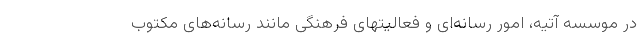
در موسسه آتیه، امور رسانه‌ای و فعالیتهای فرهنگی مانند رسانه‌های مکتوب